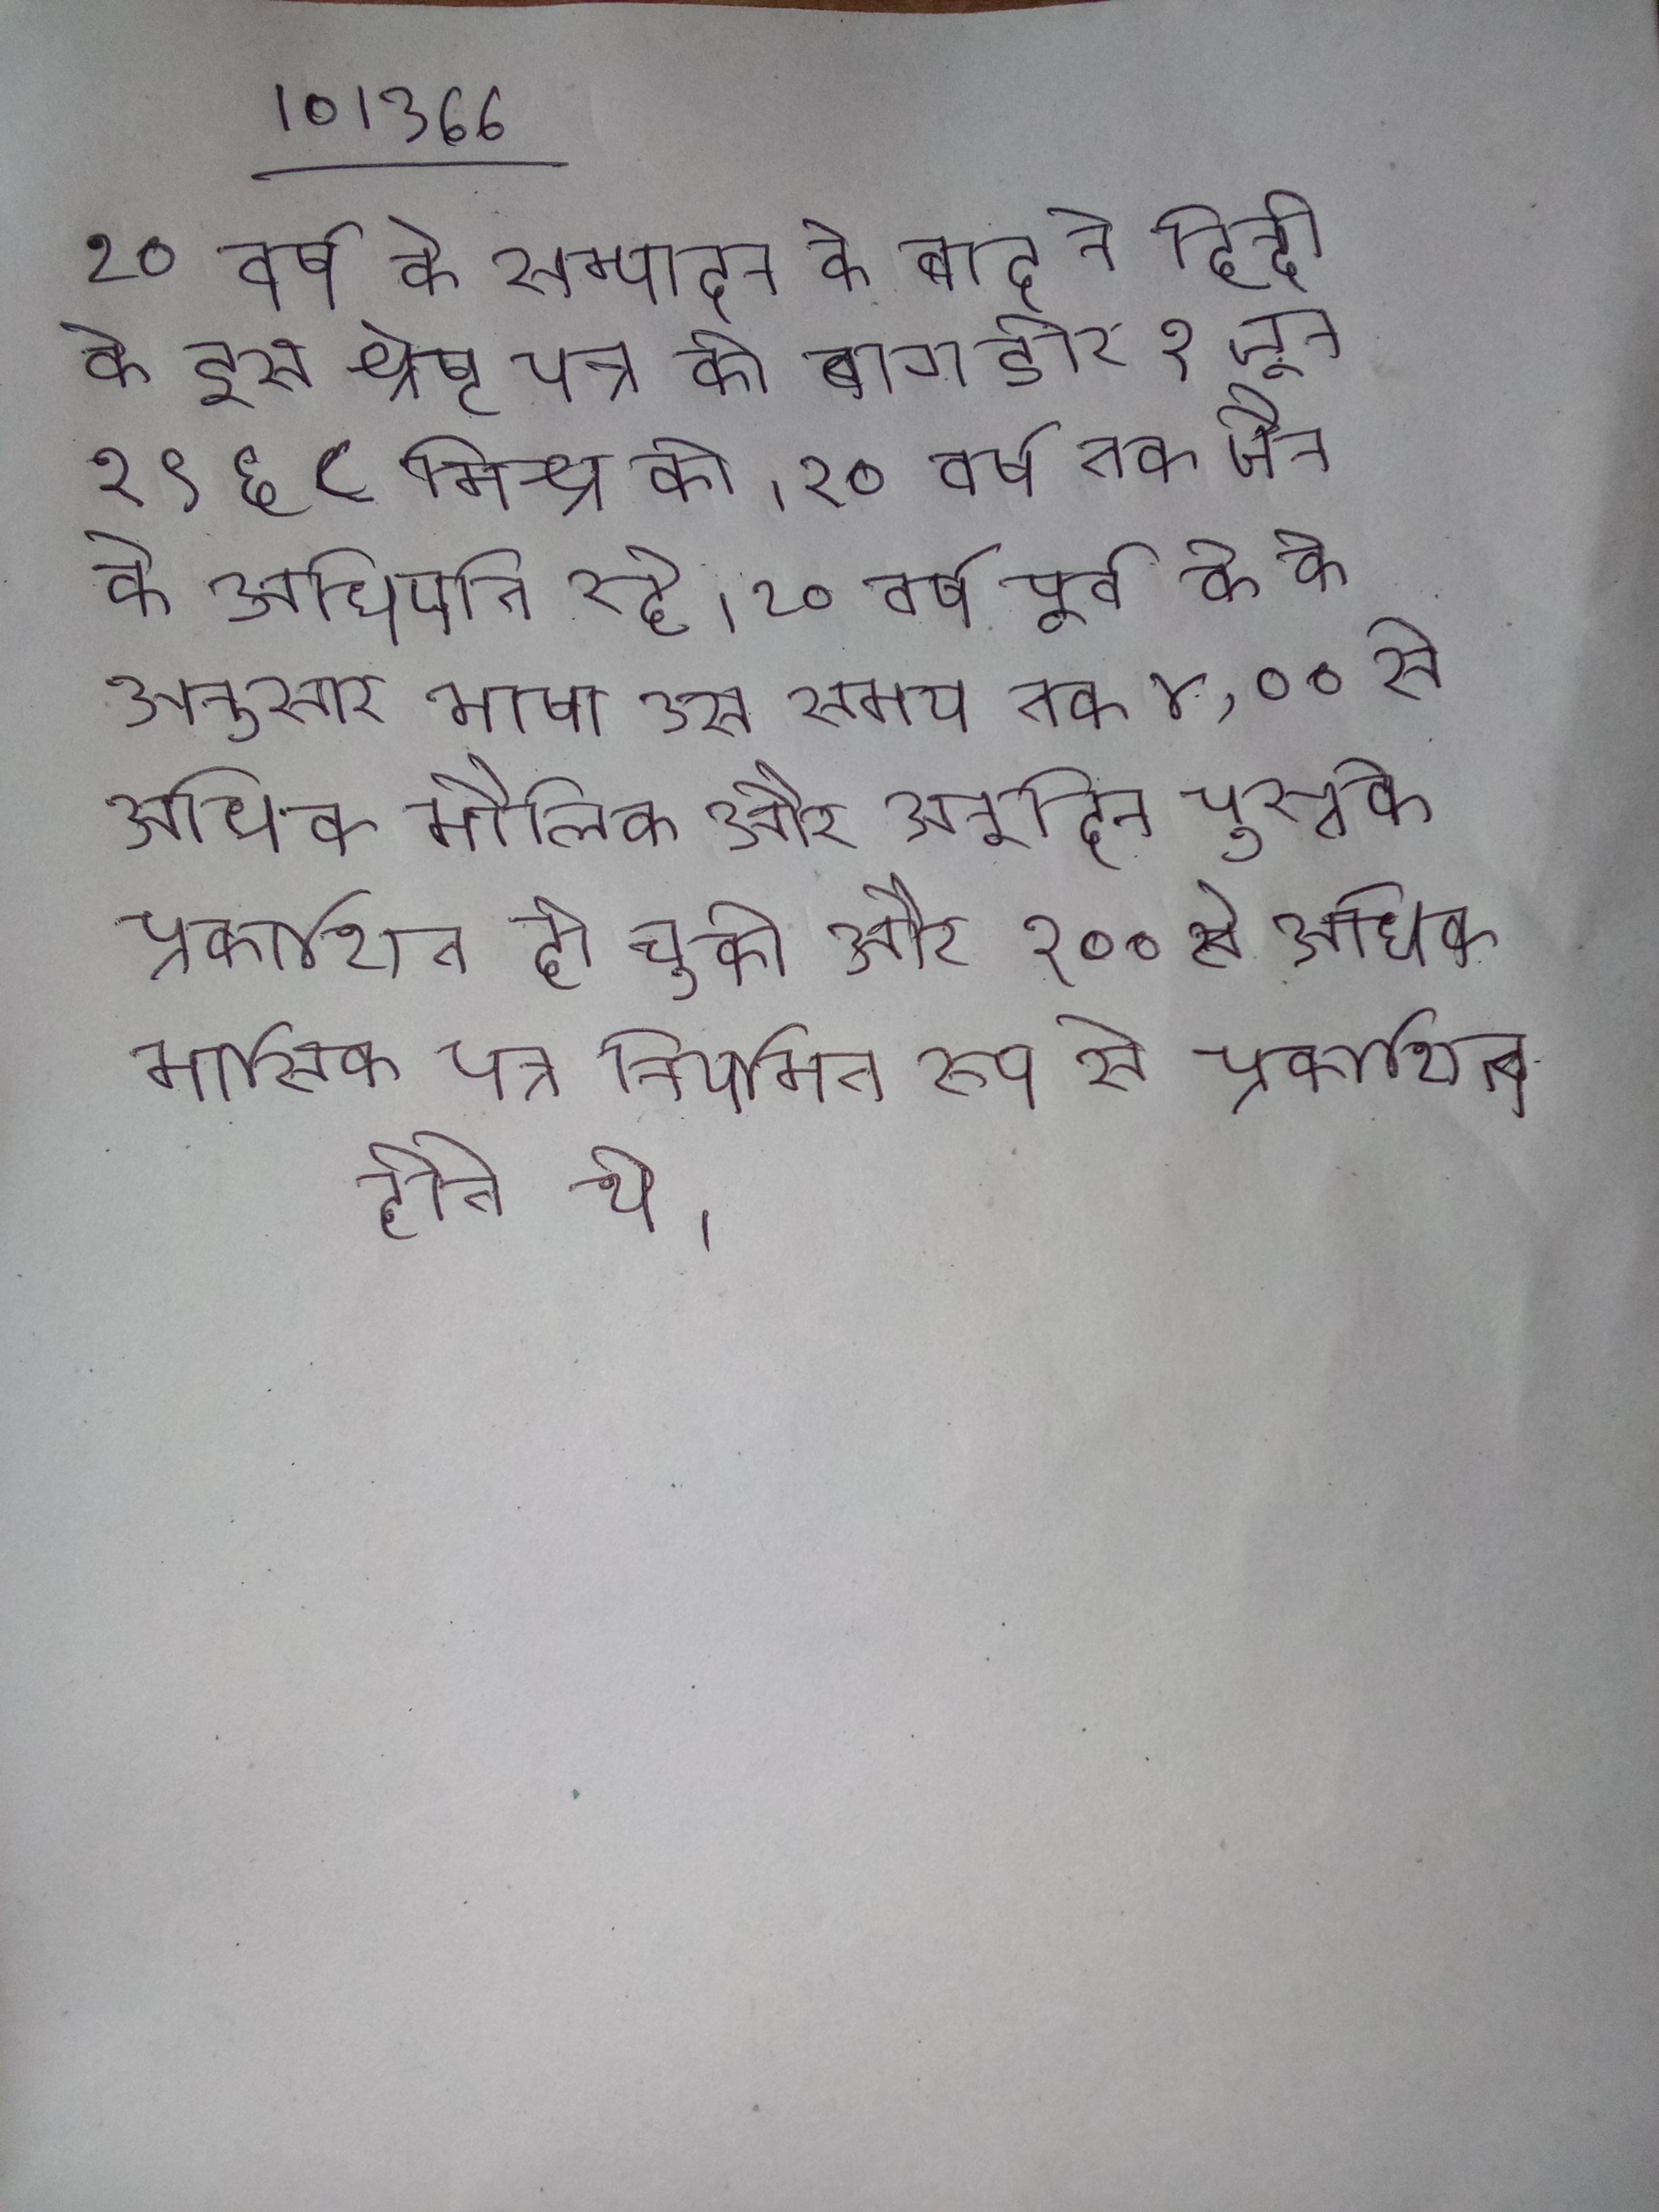
२० वर्ष के सम्पादन के बाद ने हिन्दी के इस श्रेष्ठ पत्र की बागडोर १ जून १९६८ मिश्र को । २० वर्ष तक जैन के अधिपति रहे । २० वर्ष पूर्व के के अनुसार भाषा उस समय तक ४,००० से अधिक मौलिक और अनूदित पुस्तके प्रकाशित हो चुकी और १०० से अधिक मासिक पत्र नियमित रूप से प्रकाशित होते थे ।